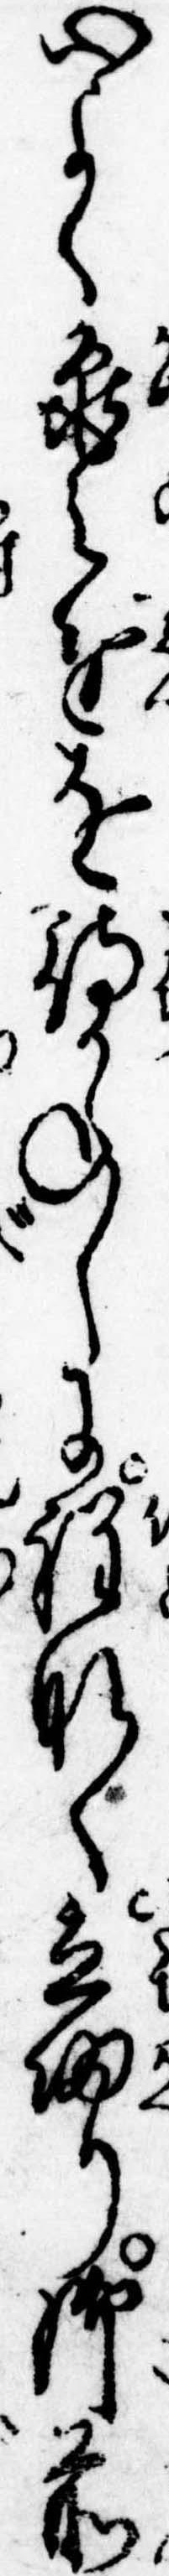
心よく亀之進を待かねしに程なく立帰り御前